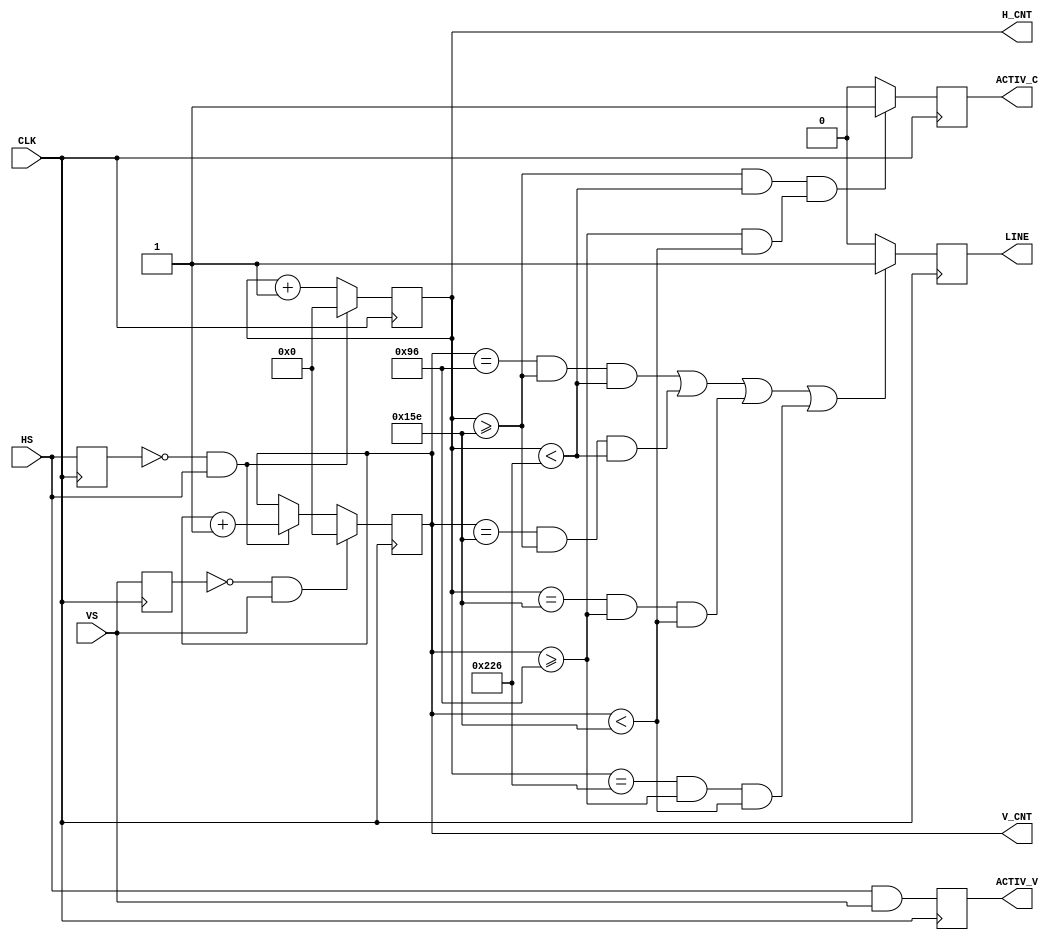
module LCD_COUNTER_C (
input CLK ,
input VS  , 
input HS  , 
output reg [11:0] V_CNT ,
output reg [11:0] H_CNT ,
output reg  LINE ,
output reg  ACTIV_C,
output reg  ACTIV_V
) ; 
reg rHS ;
reg rVS ;

parameter H_OFF =12'd200 ; 
parameter V_OFF =12'd200 ; 

parameter H_CEN =12'd450 ; 
parameter V_CEN =12'd250 ; 


always @( posedge CLK  ) begin 
    ACTIV_V <=  HS & VS ; 
    rHS <= HS ;
	 rVS <= VS ;
	 //--H
	 if (!rHS &&  HS  ) begin  
	     H_CNT<=0; 
	 end
	 else H_CNT <=H_CNT+1 ; 
	 //--V
	 if (!rVS &&  VS  ) begin  
	     V_CNT<=0; 
	 end
	 else if (!rHS &&  HS  ) V_CNT <=V_CNT+1 ; 
	 
	LINE  <= (
	 (( V_CNT == ( V_CEN -V_OFF/2)  ) && ( H_CNT >= ( H_CEN -H_OFF/2)  )  &&  ( H_CNT < ( H_CEN +H_OFF/2)  )) ||
	 (( V_CNT == ( V_CEN +V_OFF/2)  ) && ( H_CNT >= ( H_CEN -H_OFF/2)  )  &&  ( H_CNT < ( H_CEN +H_OFF/2)  )) ||
	 (( H_CNT == ( H_CEN -H_OFF/2)  ) && ( V_CNT >= ( V_CEN -V_OFF/2)  )  &&  ( V_CNT < ( V_CEN +V_OFF/2)  )) ||
	 (( H_CNT == ( H_CEN +H_OFF/2)  ) && ( V_CNT >= ( V_CEN -V_OFF/2)  )  &&  ( V_CNT < ( V_CEN +V_OFF/2)  ))
	 ) ?
	 1:0 ; 
	
	ACTIV_C <= ( 
	  (( H_CNT >= ( H_CEN -H_OFF/2)  ) &&  ( H_CNT < ( H_CEN +H_OFF/2)  ))
	   &&
	  (( V_CNT >= ( V_CEN -V_OFF/2)  ) &&  ( V_CNT < ( V_CEN +V_OFF/2)  ))
	  )?1:0; 
end


endmodule